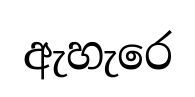
ඇහැරෙ